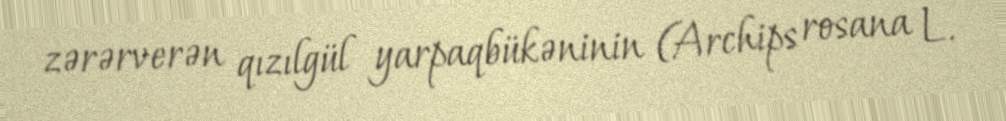
zərərverən qızılgül yarpaqbükəninin (Archips rosana L.